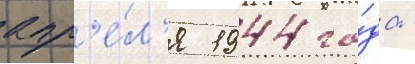
апр'е́л'я 1944 го́да -